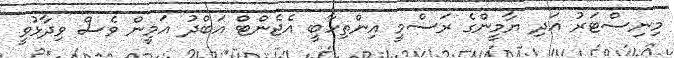
މިނިސްޓަރު އަދި ޔާމީންގެ ރަސްމީ އިންތިހާބީ އެޖެންޓް އަބްދު އަމީން ވެސް ވިދާޅުވީ